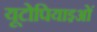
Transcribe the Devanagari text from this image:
यूटोपियाइओं